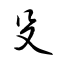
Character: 殳